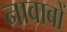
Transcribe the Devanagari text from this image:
नावाबों